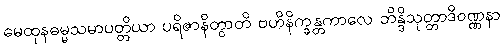
မေထုနဓမ္မသမာပတ္တိယာ ပရိဇာနိတွာတိ ဗဟိနိက္ခန္တကာလေ ဘိန္ဒိသုတ္တာဒိဝဏ္ဏနာ